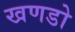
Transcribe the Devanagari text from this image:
खणडो